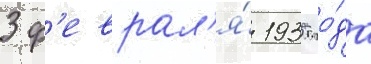
3 ф'еврал'я́ 1935 го́да